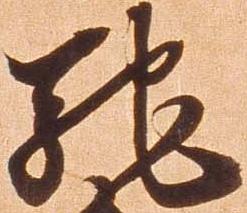
馳